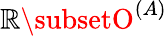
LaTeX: \mathbb{R}\subsetO^{(A)}